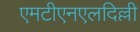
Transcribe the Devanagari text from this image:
एमटीएनएलदिल्ली